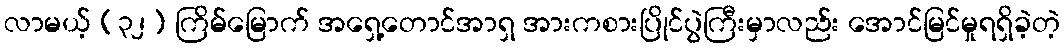
လာမယ့် (၃၂) ကြိမ်မြောက် အရှေ့တောင်အာရှ အားကစားပြိုင်ပွဲကြီးမှာလည်း အောင်မြင်မှုရရှိခဲ့တဲ့